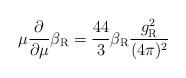
LaTeX: \begin{align*}\mu\frac{\partial}{\partial\mu} \beta_{\rm R} =\frac{44}3 \beta_{\rm R}\frac{g_{\rm R}^2}{(4\pi)^2} \end{align*}